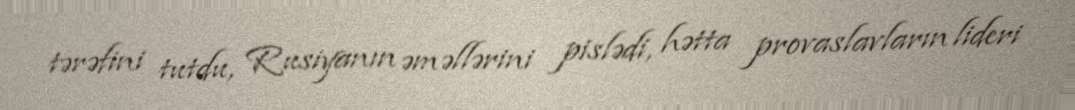
tərəfini tutdu, Rusiyanın əməllərini pislədi, hətta provaslavların lideri